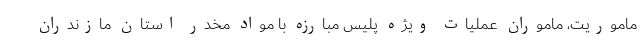
ماموریت، ماموران عملیات ویژه پلیس مبارزه با مواد مخدر استان مازندران